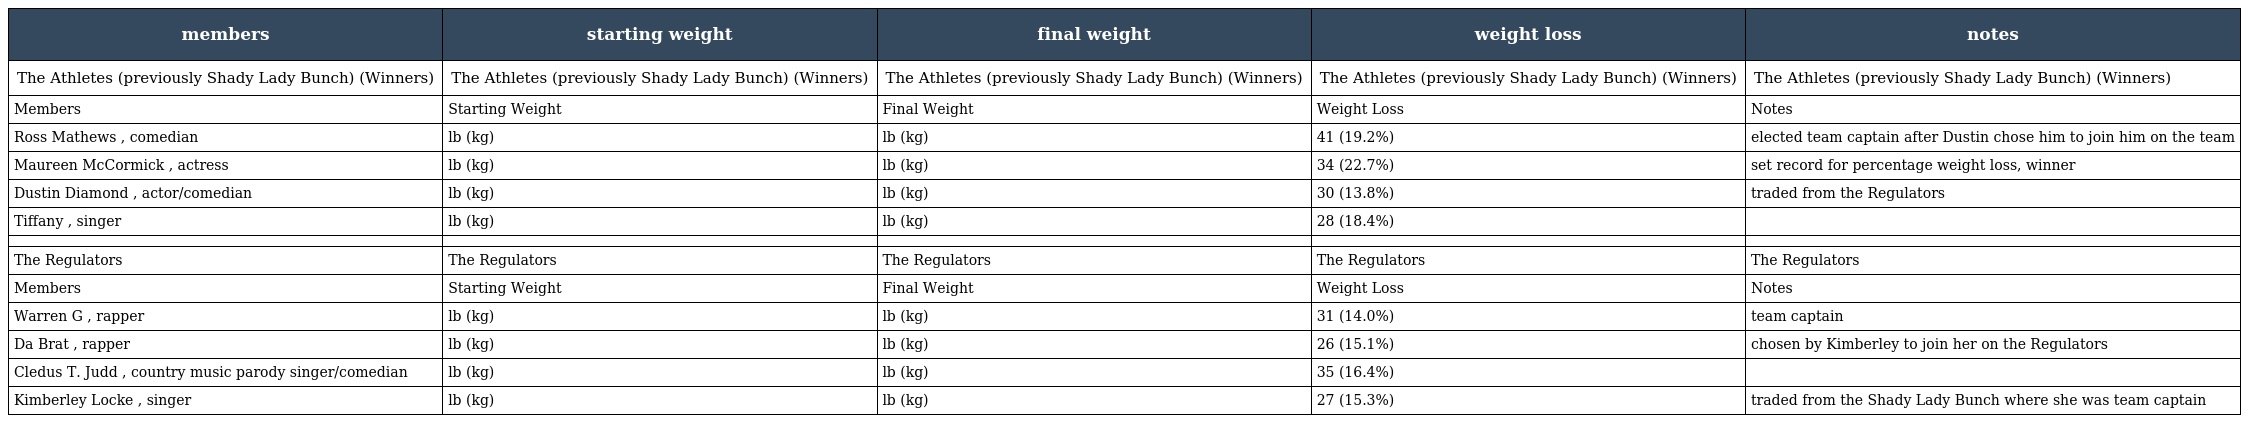
| members | starting weight | final weight | weight loss | notes |
 | --- | --- | --- | --- | --- |
 | The Athletes (previously Shady Lady Bunch) (Winners) | The Athletes (previously Shady Lady Bunch) (Winners) | The Athletes (previously Shady Lady Bunch) (Winners) | The Athletes (previously Shady Lady Bunch) (Winners) | The Athletes (previously Shady Lady Bunch) (Winners) |
 | Members | Starting Weight | Final Weight | Weight Loss | Notes |
 | Ross Mathews , comedian | lb (kg) | lb (kg) | 41 (19.2%) | elected team captain after Dustin chose him to join him on the team |
 | Maureen McCormick , actress | lb (kg) | lb (kg) | 34 (22.7%) | set record for percentage weight loss, winner |
 | Dustin Diamond , actor/comedian | lb (kg) | lb (kg) | 30 (13.8%) | traded from the Regulators |
 | Tiffany , singer | lb (kg) | lb (kg) | 28 (18.4%) |  |
 |  |  |  |  |  |
 | The Regulators | The Regulators | The Regulators | The Regulators | The Regulators |
 | Members | Starting Weight | Final Weight | Weight Loss | Notes |
 | Warren G , rapper | lb (kg) | lb (kg) | 31 (14.0%) | team captain |
 | Da Brat , rapper | lb (kg) | lb (kg) | 26 (15.1%) | chosen by Kimberley to join her on the Regulators |
 | Cledus T. Judd , country music parody singer/comedian | lb (kg) | lb (kg) | 35 (16.4%) |  |
 | Kimberley Locke , singer | lb (kg) | lb (kg) | 27 (15.3%) | traded from the Shady Lady Bunch where she was team captain |